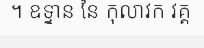
។ ឧទ្ទាន នៃ កុលាវក វគ្គ